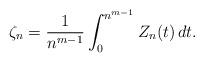
LaTeX: \begin{align*}\zeta_n=\frac{1}{n^{m-1}}\int_0^{n^{m-1}}Z_n(t)\,dt.\end{align*}